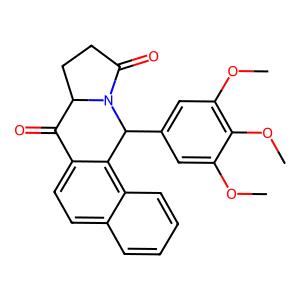
SMILES: COc1cc(C2c3c(ccc4ccccc34)C(=O)C3CCC(=O)N32)cc(OC)c1OC
Inhibits HIV replication: No